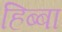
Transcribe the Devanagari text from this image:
हिब्बा